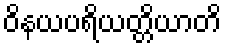
ဝိနယပရိယတ္တိယာတိ